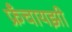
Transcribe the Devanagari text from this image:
फ्रँचायझी